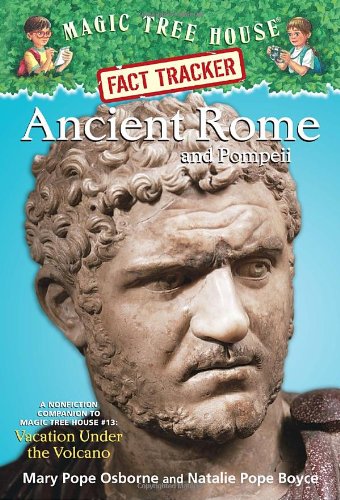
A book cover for Magic Tree House Fact Tracker #14: Ancient Rome and Pompeii: A Nonfiction Companion to Magic Tree House #13: Vacation Under the Volcano; Mary Pope Osborne; Children's Books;